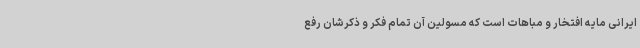
ایرانی مایه افتخار و مباهات است که مسولین آن تمام فکر و ذکرشان رفع